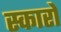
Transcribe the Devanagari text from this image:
स्कारो